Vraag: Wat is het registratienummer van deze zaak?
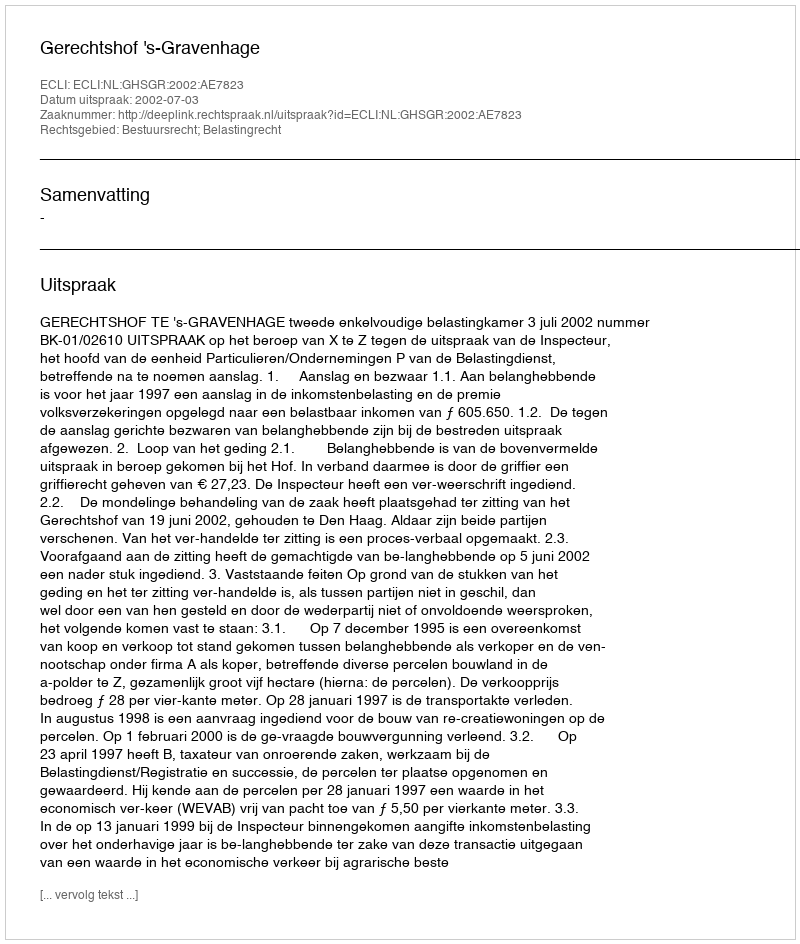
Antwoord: http://deeplink.rechtspraak.nl/uitspraak?id=ECLI:NL:GHSGR:2002:AE7823